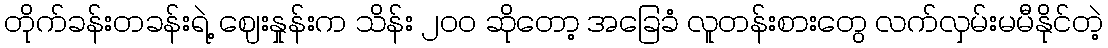
တိုက်ခန်းတခန်းရဲ့ ဈေးနှုန်းက သိန်း ၂၀၀ ဆိုတော့ အခြေခံ လူတန်းစားတွေ လက်လှမ်းမမီနိုင်တဲ့